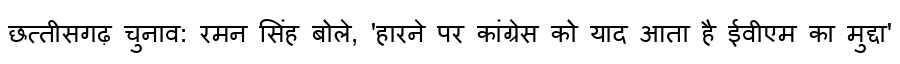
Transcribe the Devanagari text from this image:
छत्तीसगढ़ चुनाव: रमन सिंह बोले, 'हारने पर कांग्रेस को याद आता है ईवीएम का मुद्दा'